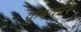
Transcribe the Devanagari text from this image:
कुंबकारै